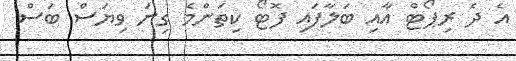
އެ ދެ ރިޕޯޓް އާއި ބަލާފައި ފޮޓޯ ކިތަންމެ ގިނަ ވިޔަސް ބަސް